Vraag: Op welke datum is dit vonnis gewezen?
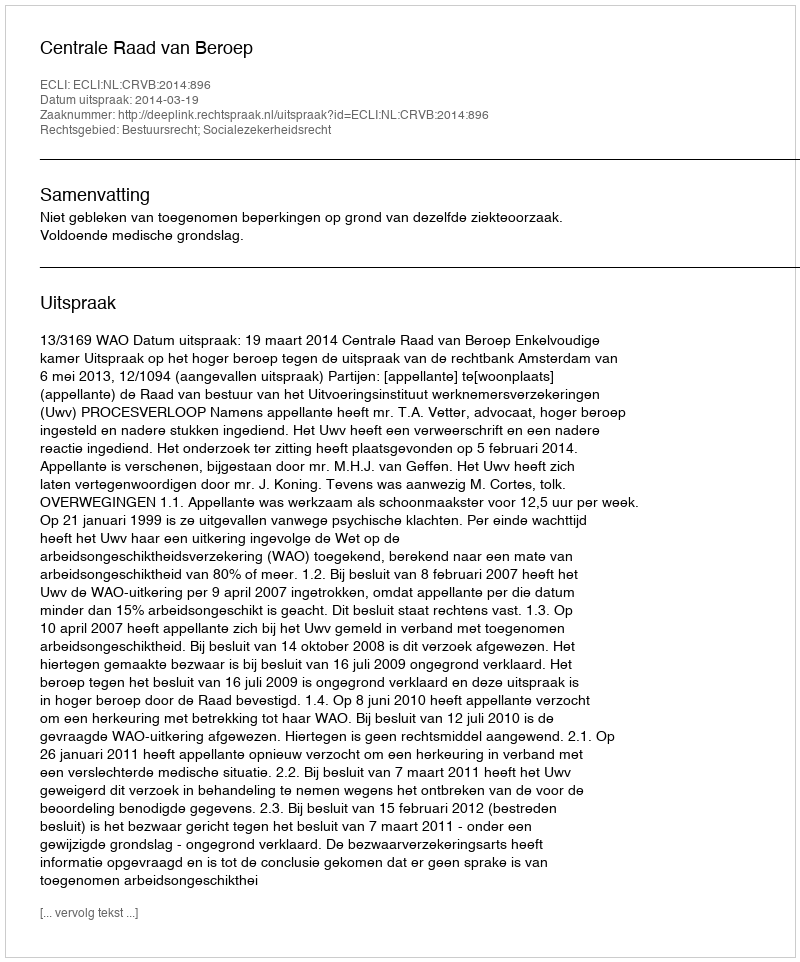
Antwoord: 2014-03-19